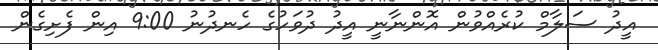
އީދު ސަލާމް ކުރެއްވުން އޮންނާނީ އީދު ދުވަހުގެ ހެނދުނު 9:00 އިން ފެށިގެން